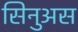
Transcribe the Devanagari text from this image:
सिनुअस